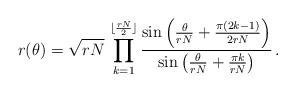
LaTeX: \begin{align*}r(\theta)=\sqrt{rN}\,\prod_{k=1}^{\lfloor \frac{rN}{2}\rfloor}\frac{\sin\left(\frac{\theta}{rN}+\frac{\pi(2k-1)}{2rN}\right)}{\sin\left(\frac{\theta}{rN}+\frac{\pi k}{rN}\right)}\,.\end{align*}